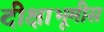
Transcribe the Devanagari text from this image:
दीक्षाभूमीस